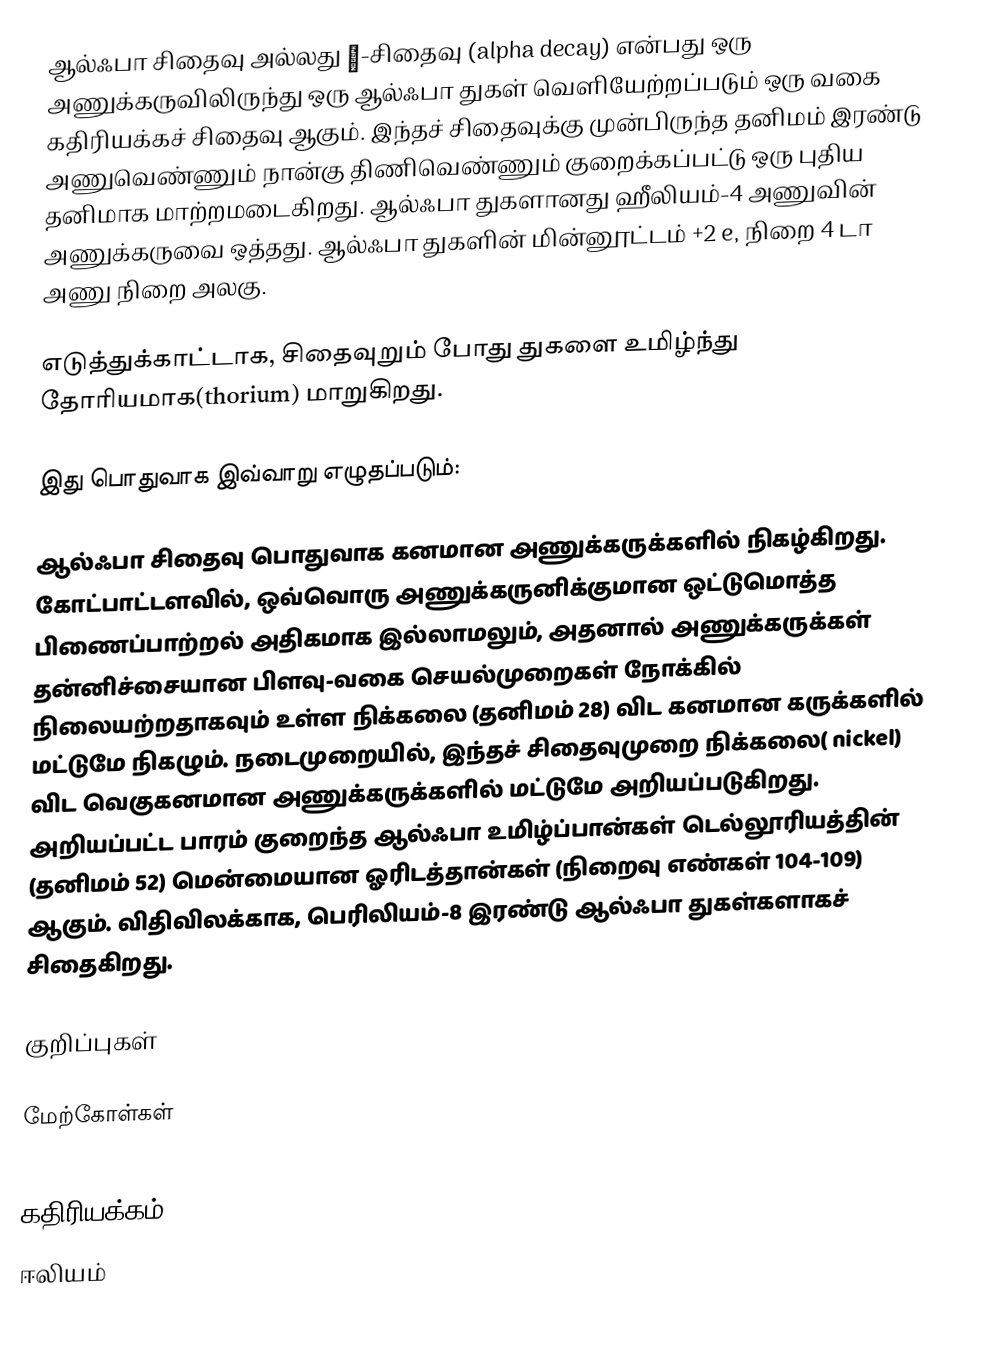
ஆல்ஃபா சிதைவு அல்லது α-சிதைவு (alpha decay) என்பது ஒரு அணுக்கருவிலிருந்து ஒரு ஆல்ஃபா துகள் வெளியேற்றப்படும் ஒரு வகை கதிரியக்கச் சிதைவு ஆகும். இந்தச் சிதைவுக்கு முன்பிருந்த தனிமம் இரண்டு அணுவெண்ணும் நான்கு திணிவெண்ணும் குறைக்கப்பட்டு ஒரு புதிய தனிமாக மாற்றமடைகிறது. ஆல்ஃபா துகளானது ஹீலியம்-4 அணுவின் அணுக்கருவை ஒத்தது. ஆல்ஃபா துகளின் மின்னூட்டம் +2 e, நிறை 4 டா அணு நிறை அலகு.

எடுத்துக்காட்டாக,  சிதைவுறும் போது  துகளை உமிழ்ந்து தோரியமாக(thorium) மாறுகிறது.

இது பொதுவாக இவ்வாறு எழுதப்படும்:

ஆல்ஃபா சிதைவு பொதுவாக கனமான அணுக்கருக்களில் நிகழ்கிறது. கோட்பாட்டளவில், ஒவ்வொரு அணுக்கருனிக்குமான ஒட்டுமொத்த பிணைப்பாற்றல் அதிகமாக இல்லாமலும், அதனால் அணுக்கருக்கள் தன்னிச்சையான பிளவு-வகை செயல்முறைகள் நோக்கில் நிலையற்றதாகவும் உள்ள நிக்கலை (தனிமம் 28) விட கனமான கருக்களில் மட்டுமே நிகழும். நடைமுறையில், இந்தச் சிதைவுமுறை நிக்கலை( nickel) விட வெகுகனமான அணுக்கருக்களில் மட்டுமே அறியப்படுகிறது. அறியப்பட்ட பாரம் குறைந்த ஆல்ஃபா உமிழ்ப்பான்கள் டெல்லூரியத்தின் (தனிமம் 52) மென்மையான ஓரிடத்தான்கள் (நிறைவு எண்கள் 104-109) ஆகும். விதிவிலக்காக, பெரிலியம்-8 இரண்டு ஆல்ஃபா துகள்களாகச் சிதைகிறது.

குறிப்புகள்

மேற்கோள்கள்

கதிரியக்கம்
ஈலியம்